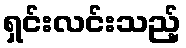
ရှင်းလင်းသည့်